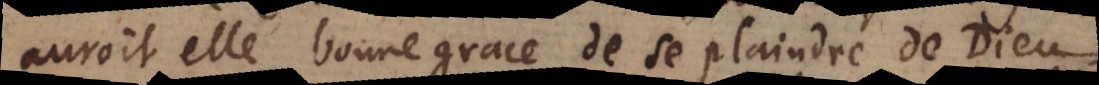
auroit elle bonne grace de se plaindre de Dieu,